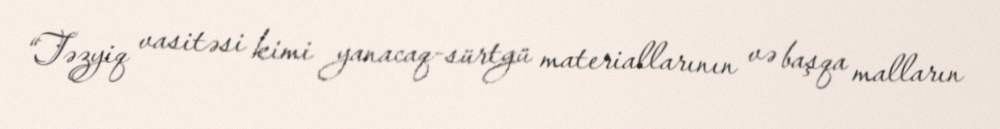
“Təzyiq vasitəsi kimi yanacaq-sürtgü materiallarının və başqa malların